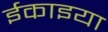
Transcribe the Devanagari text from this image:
ईकाइया